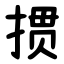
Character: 掼